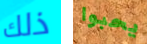
ذلك يحبوا